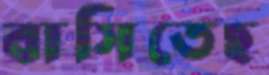
বাসিতেছ